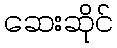
ဆေးဆိုင်